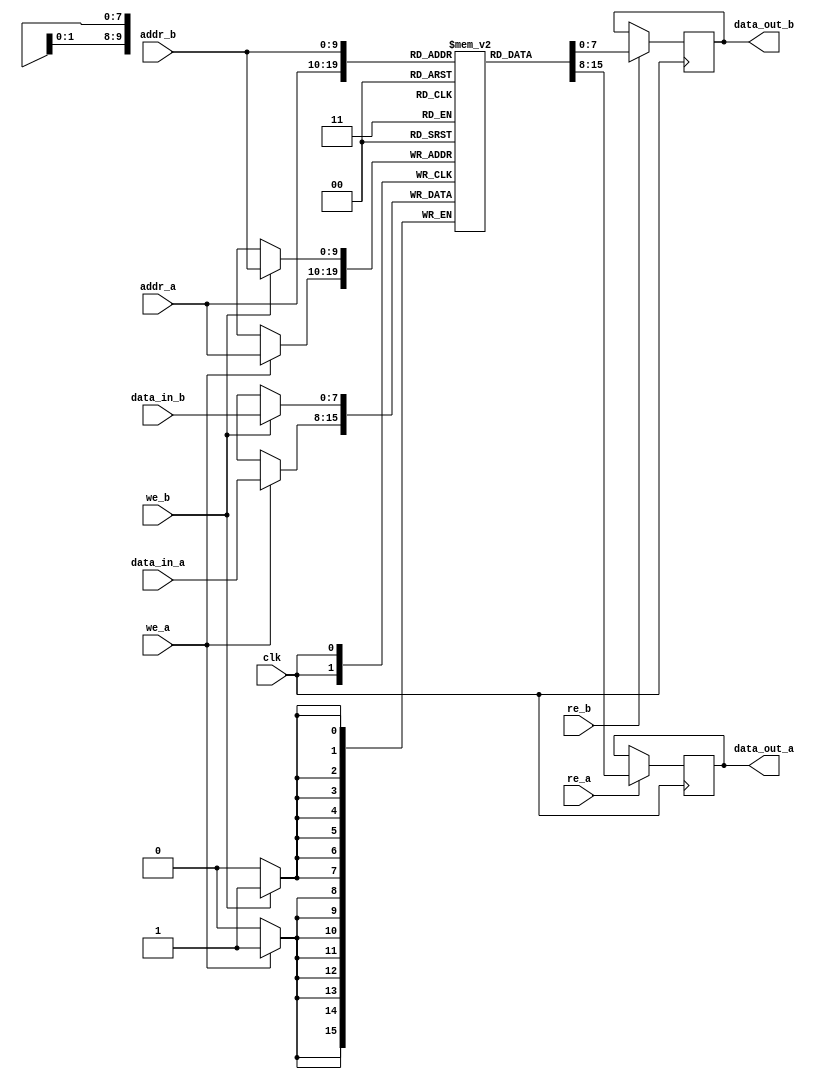
module dual_port_sram #(
    parameter ADDR_WIDTH = 10, // Address width
    parameter DATA_WIDTH = 8,   // Data width
    parameter MEM_SIZE = 1 << ADDR_WIDTH // Memory size
)(
    input wire clk, // Clock signal
    // Port A
    input wire [ADDR_WIDTH-1:0] addr_a, // Address for Port A
    input wire [DATA_WIDTH-1:0] data_in_a, // Data input for Port A
    output reg [DATA_WIDTH-1:0] data_out_a, // Data output for Port A
    input wire we_a, // Write enable for Port A
    input wire re_a, // Read enable for Port A
    // Port B
    input wire [ADDR_WIDTH-1:0] addr_b, // Address for Port B
    input wire [DATA_WIDTH-1:0] data_in_b, // Data input for Port B
    output reg [DATA_WIDTH-1:0] data_out_b, // Data output for Port B
    input wire we_b, // Write enable for Port B
    input wire re_b // Read enable for Port B
);

    // Memory array
    reg [DATA_WIDTH-1:0] mem [0:MEM_SIZE-1];

    // Port A operation
    always @(posedge clk) begin
        if (we_a) begin
            mem[addr_a] <= data_in_a; // Write operation
        end
        if (re_a) begin
            data_out_a <= mem[addr_a]; // Read operation
        end
    end

    // Port B operation
    always @(posedge clk) begin
        if (we_b) begin
            mem[addr_b] <= data_in_b; // Write operation
        end
        if (re_b) begin
            data_out_b <= mem[addr_b]; // Read operation
        end
    end

endmodule